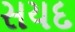
સયદ